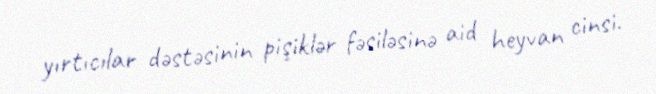
yırtıcılar dəstəsinin pişiklər fəsiləsinə aid heyvan cinsi.